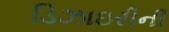
ડિઝાઇરીની